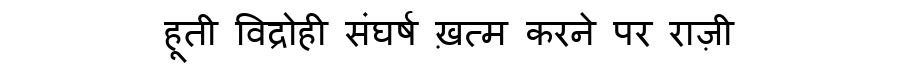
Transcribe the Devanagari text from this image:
हूती विद्रोही संघर्ष ख़त्म करने पर राज़ी